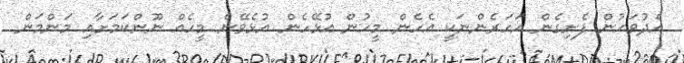
އެދުވަހުން ފެށިގެން އަހަރެންނަކީ އެހެން މީހުން އުޅޭހެން އުޅެވޭނެ މީހެއް ނޫންކަމަށާއި މަންމަން